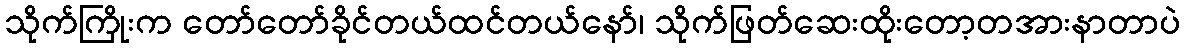
သိုက်ကြိုးက တော်တော်ခိုင်တယ်ထင်တယ်နော်၊ သိုက်ဖြတ်ဆေးထိုးတော့တအားနာတာပဲ